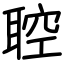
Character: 聜